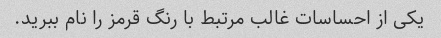
یکی از احساسات غالب مرتبط با رنگ قرمز را نام ببرید.